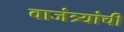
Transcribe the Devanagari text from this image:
वाजंत्र्यांची